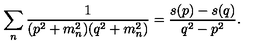
\sum _ { n } { \frac { 1 } { ( p ^ { 2 } + m _ { n } ^ { 2 } ) ( q ^ { 2 } + m _ { n } ^ { 2 } ) } } = { \frac { s ( p ) - s ( q ) } { q ^ { 2 } - p ^ { 2 } } } .